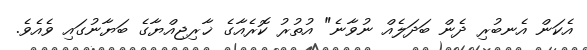
އެކަން އެނބުރި ދެން ބަދަލެއް ނުވާނެ" އުތުރު ކޮރެއާގެ ޚާރިޖިއްޔާގެ ބަޔާނުގައި ވެއެވެ.